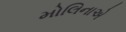
મોલિનાએ